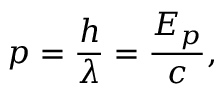
p = { \frac { h } { \lambda } } = { \frac { E _ { p } } { c } } ,